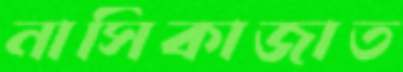
নাসিকাজাত